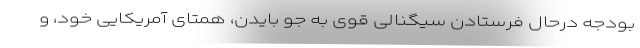
بودجه درحال فرستادن سیگنالی قوی به جو بایدن، همتای آمریکایی خود، و